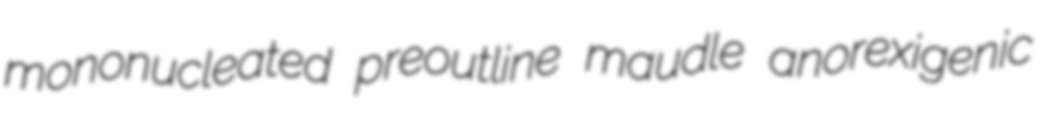
mononucleated preoutline maudle anorexigenic